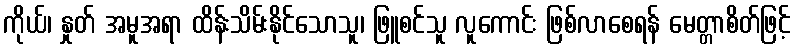
ကိုယ်၊ နှုတ် အမူအရာ ထိန်းသိမ်းနိုင်သောသူ၊ ဖြူစင်သူ လူကောင်း ဖြစ်လာစေရန် မေတ္တာစိတ်ဖြင့်